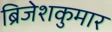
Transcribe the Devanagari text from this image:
ब्रिजेशकुमार